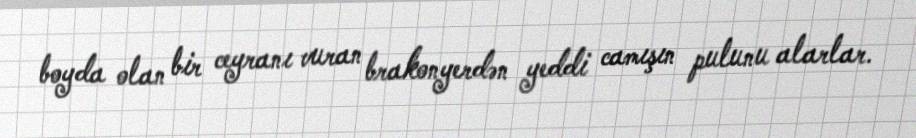
boyda olan bir ceyranı vuran brakonyerdən yeddi camışın pulunu alarlar.